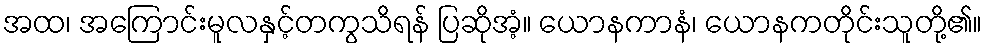
အထ၊ အကြောင်းမူလနှင့်တကွသိရန် ပြဆိုအံ့။ ယောနကာနံ၊ ယောနကတိုင်းသူတို့၏။